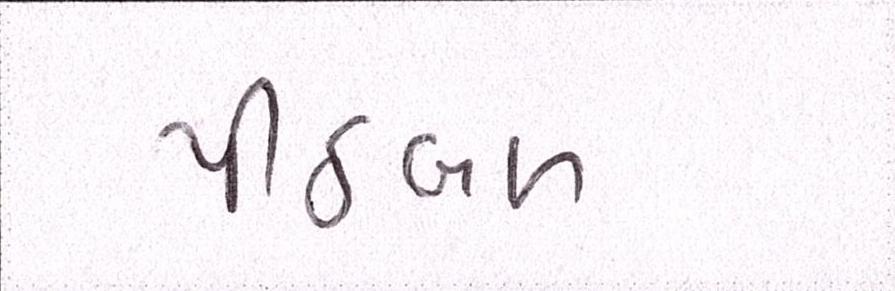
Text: પીઠબળ